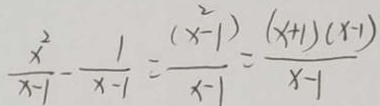
\frac { x ^ { 2 } } { x - 1 } - \frac { 1 } { x - 1 } = \frac { ( x ^ { 2 } - 1 ) } { x - 1 } = \frac { ( x + 1 ) ( x - 1 ) } { x - 1 }